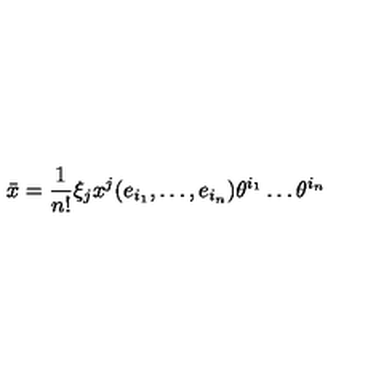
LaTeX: \bar { x } = \frac { 1 } { n ! } \xi _ { j } x ^ { j } ( e _ { i _ { 1 } } , \dots , e _ { i _ { n } } ) \theta ^ { i _ { 1 } } \dots \theta ^ { i _ { n } }